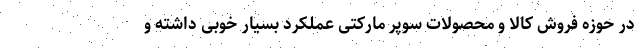
در حوزه فروش کالا و محصولات سوپر مارکتی عملکرد بسیار خوبی داشته و